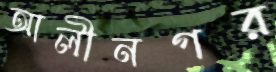
আলীনগর